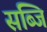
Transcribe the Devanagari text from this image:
सब्जि